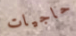
حاجيات